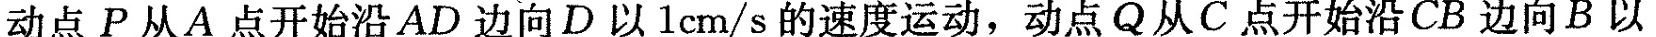
，动点P从A点开始沿AD边向D以lcm/s的速度运动，动点Q从C点开始沿CB边向B以